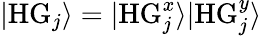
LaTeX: |\mathrm{HG}_{j}\rangle=|\mathrm{HG}_{j}^{x}\rangle|\mathrm{HG}_{j}^{y}\rangle